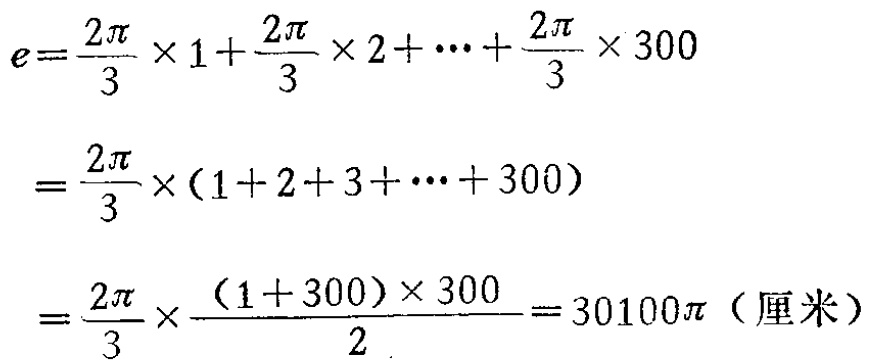
\[

\begin{align*}

e&=\frac{2\pi}{3} \times 1+\frac{2\pi}{3} \times 2+\cdots+\frac{2\pi}{3} \times 300\\

&=\frac{2\pi}{3} \times (1 + 2 + 3+\cdots+300)\\

&=\frac{2\pi}{3} \times \frac{(1 + 300) \times 300}{2}=30100\pi \text{（厘米）}

\end{align*}

\]